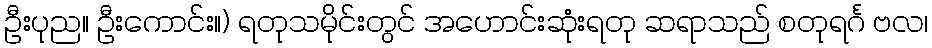
ဦးပုည။ ဦးကောင်း။) ရတုသမိုင်းတွင် အဟောင်းဆုံးရတု ဆရာသည် စတုရင်္ဂ ဗလ၊